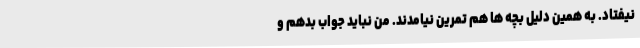
نیفتاد. به همین دلیل بچه ها هم تمرین نیامدند. من نباید جواب بدهم و